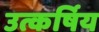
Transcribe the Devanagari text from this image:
उत्कर्षिय